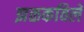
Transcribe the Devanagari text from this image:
झळकविले